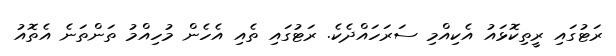
ރަޓުގައި ރީތިކޮޅައު އެކިއްމި ސަރަހައްދެކެ. ރަޓުގައި ތެއި އެހެން މުހިއްމު ތަންތަނެ އެތޮއު